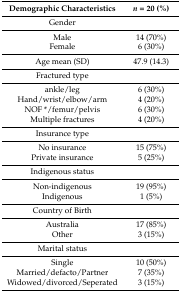
<table><thead><tr><td><b>Demographic Characteristics</b></td><td><b><i>n</i> = 20 (%)</b></td></tr></thead><tbody><tr><td>Gender</td><td></td></tr><tr><td>Male</td><td>14 (70%)</td></tr><tr><td>Female</td><td>6 (30%)</td></tr><tr><td>Age mean (SD)</td><td>47.9 (14.3)</td></tr><tr><td>Fractured type</td><td></td></tr><tr><td>ankle/leg</td><td>6 (30%)</td></tr><tr><td>Hand/wrist/elbow/arm</td><td>4 (20%)</td></tr><tr><td>NOF */femur/pelvis</td><td>6 (30%)</td></tr><tr><td>Multiple fractures</td><td>4 (20%)</td></tr><tr><td>Insurance type</td><td></td></tr><tr><td>No insurance</td><td>15 (75%)</td></tr><tr><td>Private insurance</td><td>5 (25%)</td></tr><tr><td>Indigenous status</td><td></td></tr><tr><td>Non-indigenous</td><td>19 (95%)</td></tr><tr><td>Indigenous</td><td>1 (5%)</td></tr><tr><td>Country of Birth</td><td></td></tr><tr><td>Australia</td><td>17 (85%)</td></tr><tr><td>Other</td><td>3 (15%)</td></tr><tr><td>Marital status</td><td></td></tr><tr><td>Single</td><td>10 (50%)</td></tr><tr><td>Married/defacto/Partner</td><td>7 (35%)</td></tr><tr><td>Widowed/divorced/Seperated</td><td>3 (15%)</td></tr></tbody></table>